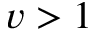
v > 1